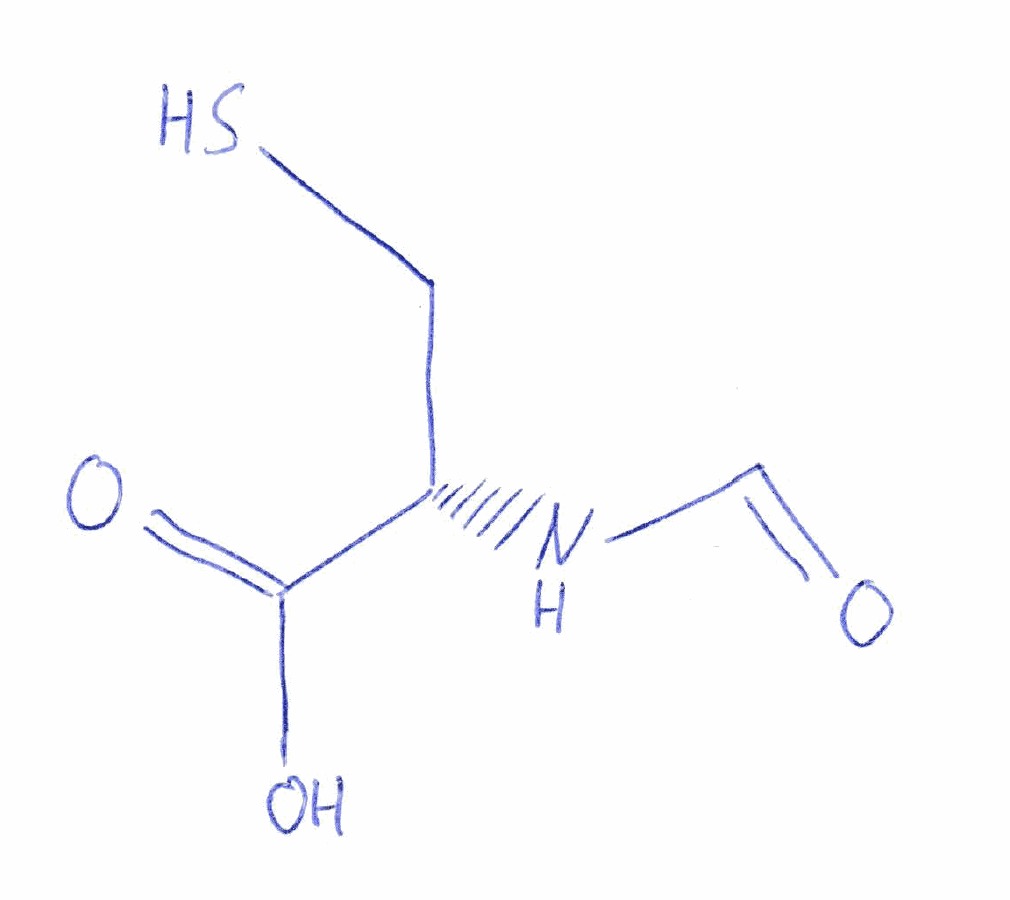
Simplified molecular-input line-entry system (SMILES) notation of the given molecule:
C([C@@H](C(=O)O)NC=O)S